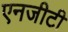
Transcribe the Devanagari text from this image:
एनजीटी